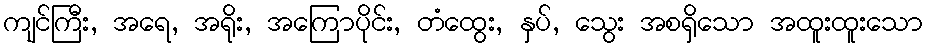
ကျင်ကြီး, အရေ, အရိုး, အကြောပိုင်း, တံထွေး, နှပ်, သွေး အစရှိသော အထူးထူးသော